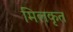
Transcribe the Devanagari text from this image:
मिलकृत